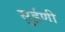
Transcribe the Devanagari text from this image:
सुईणी